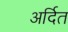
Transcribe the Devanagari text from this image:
अर्दित